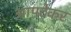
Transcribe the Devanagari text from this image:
आपटेकर